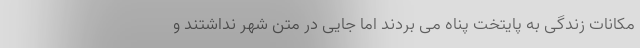
مکانات زندگی به پایتخت پناه می بردند اما جایی در متن شهر نداشتند و